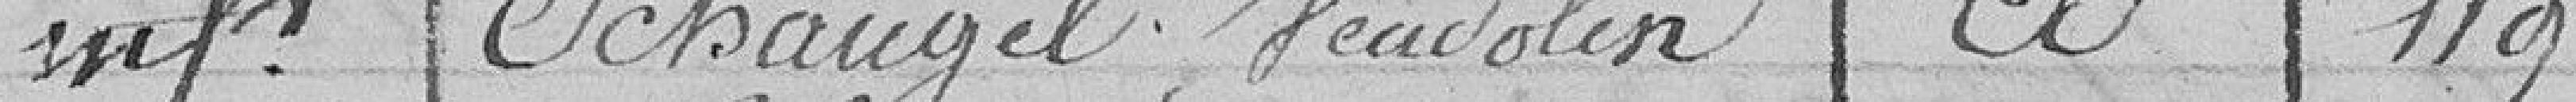
inf Schaugel Jeudolin a 119